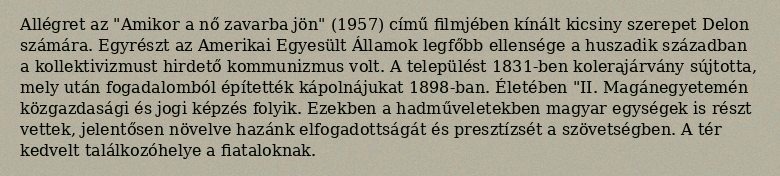
Allégret az "Amikor a nő zavarba jön" (1957) című filmjében kínált kicsiny szerepet Delon számára. Egyrészt az Amerikai Egyesült Államok legfőbb ellensége a huszadik században a kollektivizmust hirdető kommunizmus volt. A települést 1831-ben kolerajárvány sújtotta, mely után fogadalomból építették kápolnájukat 1898-ban. Életében "II. Magánegyetemén közgazdasági és jogi képzés folyik. Ezekben a hadműveletekben magyar egységek is részt vettek, jelentősen növelve hazánk elfogadottságát és presztízsét a szövetségben. A tér kedvelt találkozóhelye a fiataloknak.